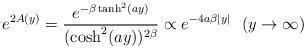
LaTeX: \begin{align*}e^{2A(y)}=\frac{e^{-\beta \tanh^2(ay)}}{(\cosh^2(ay))^{2\beta}}\propto e^{-4a\beta |y|} \,\,\,\,(y\rightarrow \infty)\end{align*}